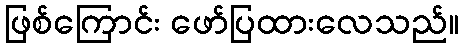
ဖြစ်ကြောင်း ဖော်ပြထားလေသည်။